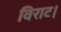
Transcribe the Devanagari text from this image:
विराट।